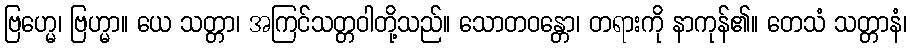
ဗြဟ္မေ၊ ဗြဟ္မာ။ ယေ သတ္တာ၊ အကြင်သတ္တဝါတို့သည်။ သောတဝန္တော၊ တရားကို နာကုန်၏။ တေသံ သတ္တာနံ၊